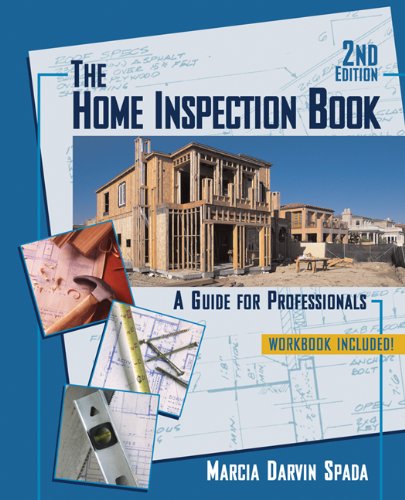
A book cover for Home Inspection Book: A Guide for Professionals; Marcia Darvin Spada; Business & Money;